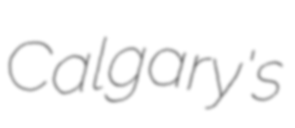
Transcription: Calgary's